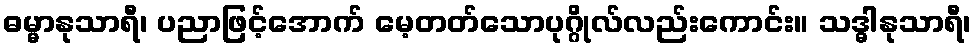
ဓမ္မာနုသာရီ၊ ပညာဖြင့်အောက် မေ့တတ်သောပုဂ္ဂိုလ်လည်းကောင်း။ သဒ္ဓါနုသာရီ၊